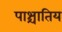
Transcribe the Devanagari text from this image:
पाश्चातिय